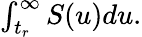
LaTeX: \begin{array}{r}{\int_{t_{r}}^{\infty}S(u)du.}\end{array}